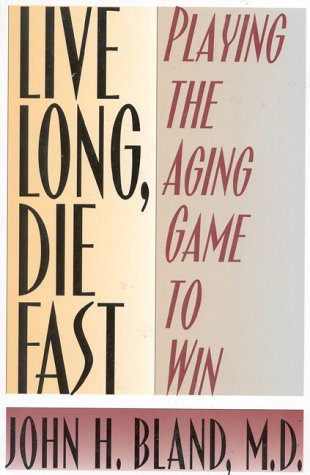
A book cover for Live Long, Die Fast: Add Years to Your Life and Life to Your Years; John H. Bland; Health, Fitness & Dieting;